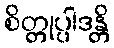
စိတ္တုပ္ပါဒန္တိ